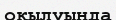
оқылуында